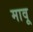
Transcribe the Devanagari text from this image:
मावू